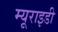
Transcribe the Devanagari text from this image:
म्यूराइडी